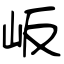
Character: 岅